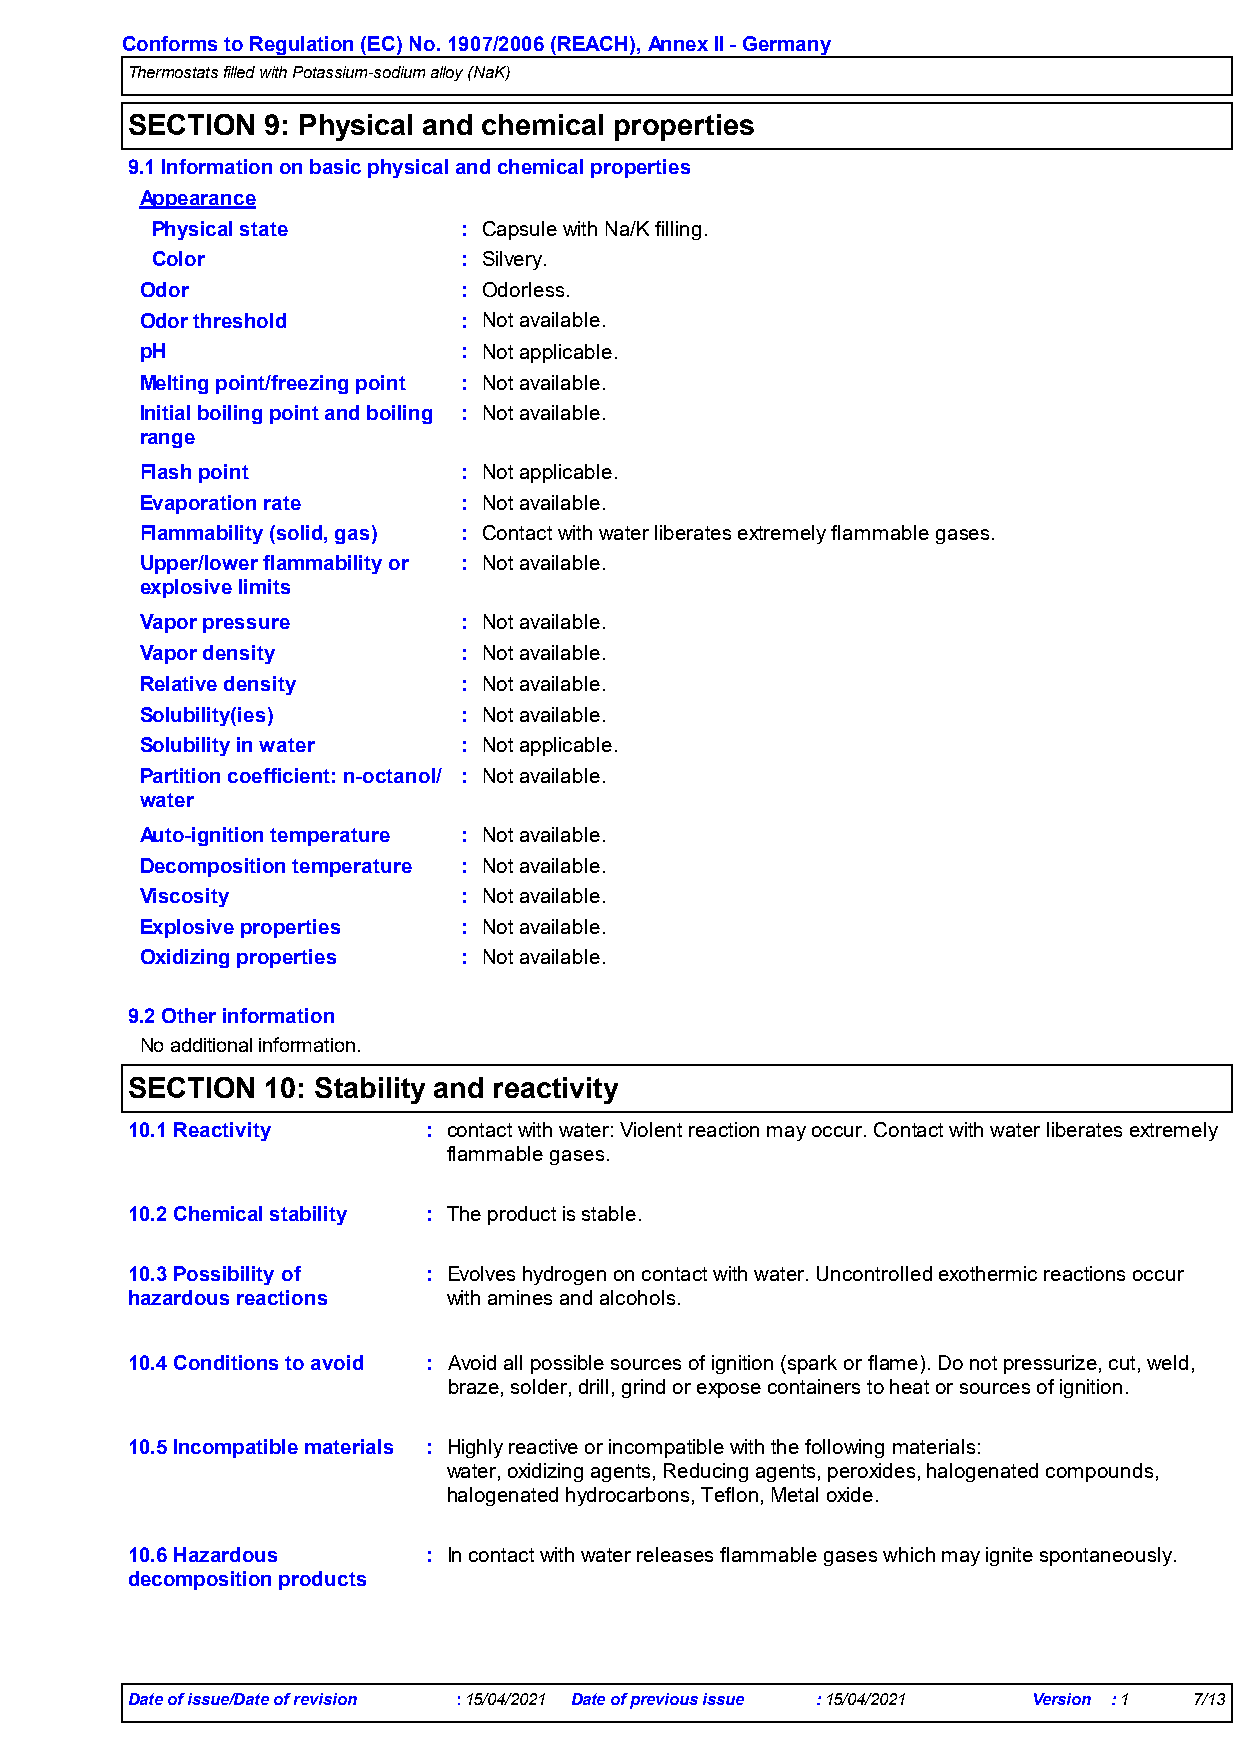
Conforms to Regulation (EC) No. 1907/2006 (REACH), Annex II - Germany
 Thermostats filled with Potassium-sodium alloy (NaK)
 SECTION   9: Physical and chemical properties
 9.1 Information on basic physical and chemical properties
 Appearance
 Physical state      : Capsule with Na/K filling.
 Color               : Silvery.
 Odor                 : Odorless.
 Odor threshold       : Not available.
 pH                   : Not applicable.
 Melting point/freezing point : Not available.
 Initial boiling point and boiling : Not available.
 range
 Flash point          : Not applicable.
 Evaporation rate     : Not available.
 Flammability (solid, gas) : Contact with water liberates extremely flammable gases.
 Upper/lower flammability or : Not available.
 explosive limits
 Vapor pressure       : Not available.
 Vapor density        : Not available.
 Relative density     : Not available.
 Solubility(ies)      : Not available.
 Solubility in water  : Not applicable.
 Partition coefficient: n-octanol/ : Not available.
 water
 Auto-ignition temperature : Not available.
 Decomposition temperature : Not available.
 Viscosity            : Not available.
 Explosive properties : Not available.
 Oxidizing properties : Not available.
 9.2 Other information
 No additional information.
 SECTION   10: Stability and reactivity
 10.1 Reactivity     : contact with water: Violent reaction may occur. Contact with water liberates extremely
 flammable gases.
 10.2 Chemical stability : The product is stable.
 10.3 Possibility of : Evolves hydrogen on contact with water. Uncontrolled exothermic reactions occur
 hazardous reactions   with amines and alcohols.
 10.4 Conditions to avoid : Avoid all possible sources of ignition (spark or flame). Do not pressurize, cut, weld,
 braze, solder, drill, grind or expose containers to heat or sources of ignition.
 10.5 Incompatible materials : Highly reactive or incompatible with the following materials:
 water, oxidizing agents, Reducing agents, peroxides, halogenated compounds,
 halogenated hydrocarbons, Teflon, Metal oxide.
 10.6 Hazardous      : In contact with water releases flammable gases which may ignite spontaneously.
 decomposition products
 Date of issue/Date of revision :15/04/2021 Date of previous issue :15/04/2021 Version :1 7/13